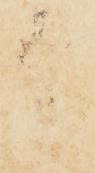
印